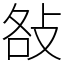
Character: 𢼛